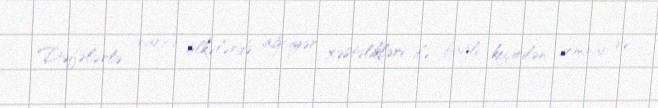
Dəfələrlə xarici ölkələrdə ağciyər xəstəlikləri ilə bağlı keçirilən seminar və